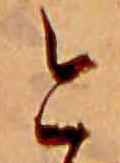
今